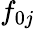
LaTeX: f_{0j}